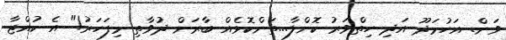
ވަން. އަހުމަދޫ އަދި ހިތްވަރު ކޮށްލާ...ތަންކޮޅެއް ބާރަށް ދުވާތި މިފަހަރު!" އެ ކުއްޖާ